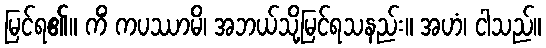
မြင်ရ၏။ ကိံ ကပဿာမိ၊ အဘယ်သို့မြင်ရသနည်း။ အဟံ၊ ငါသည်။